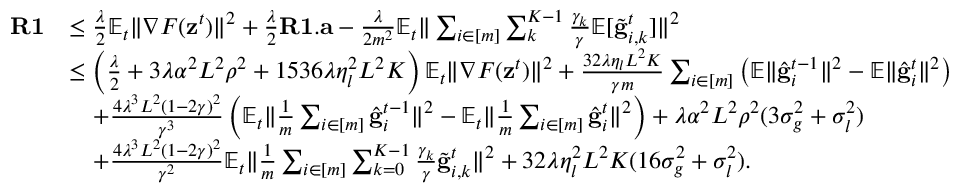
\begin{array} { r l } { \mathbf { R 1 } } & { \leq \frac { \lambda } { 2 } \mathbb { E } _ { t } \Vert \nabla F ( \mathbf { z } ^ { t } ) \Vert ^ { 2 } + \frac { \lambda } { 2 } \mathbf { R 1 . a } - \frac { \lambda } { 2 m ^ { 2 } } \mathbb { E } _ { t } \Vert \sum _ { i \in [ m ] } \sum _ { k } ^ { K - 1 } \frac { \gamma _ { k } } { \gamma } \mathbb { E } [ \tilde { \mathbf { g } } _ { i , k } ^ { t } ] \Vert ^ { 2 } } \\ & { \leq \left( \frac { \lambda } { 2 } + 3 \lambda \alpha ^ { 2 } L ^ { 2 } \rho ^ { 2 } + 1 5 3 6 \lambda \eta _ { l } ^ { 2 } L ^ { 2 } K \right) \mathbb { E } _ { t } \Vert \nabla F ( \mathbf { z } ^ { t } ) \Vert ^ { 2 } + \frac { 3 2 \lambda \eta _ { l } L ^ { 2 } K } { \gamma m } \sum _ { i \in [ m ] } \left( \mathbb { E } \Vert \hat { \mathbf { g } } _ { i } ^ { t - 1 } \Vert ^ { 2 } - \mathbb { E } \Vert \hat { \mathbf { g } } _ { i } ^ { t } \Vert ^ { 2 } \right) } \\ & { \quad + \frac { 4 \lambda ^ { 3 } L ^ { 2 } ( 1 - 2 \gamma ) ^ { 2 } } { \gamma ^ { 3 } } \left( \mathbb { E } _ { t } \Vert \frac { 1 } { m } \sum _ { i \in [ m ] } \hat { \mathbf { g } } _ { i } ^ { t - 1 } \Vert ^ { 2 } - \mathbb { E } _ { t } \Vert \frac { 1 } { m } \sum _ { i \in [ m ] } \hat { \mathbf { g } } _ { i } ^ { t } \Vert ^ { 2 } \right) + \lambda \alpha ^ { 2 } L ^ { 2 } \rho ^ { 2 } ( 3 \sigma _ { g } ^ { 2 } + \sigma _ { l } ^ { 2 } ) } \\ & { \quad + \frac { 4 \lambda ^ { 3 } L ^ { 2 } ( 1 - 2 \gamma ) ^ { 2 } } { \gamma ^ { 2 } } \mathbb { E } _ { t } \Vert \frac { 1 } { m } \sum _ { i \in [ m ] } \sum _ { k = 0 } ^ { K - 1 } \frac { \gamma _ { k } } { \gamma } \tilde { \mathbf { g } } _ { i , k } ^ { t } \Vert ^ { 2 } + 3 2 \lambda \eta _ { l } ^ { 2 } L ^ { 2 } K ( 1 6 \sigma _ { g } ^ { 2 } + \sigma _ { l } ^ { 2 } ) . } \end{array}